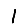
Digit: 1